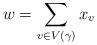
LaTeX: \begin{align*} w = \sum_{v \in V(\gamma)} x_v\end{align*}